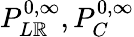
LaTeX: P_{L\mathbb{R}}^{0,\infty},P_{C}^{0,\infty}